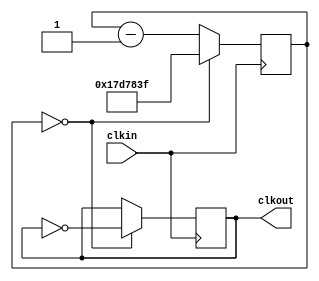
module clock(clkout,clkin);
reg [24:0] counter;
output reg clkout;
input clkin;
initial begin
    counter = 0;
    clkout = 0;
end
always @(posedge clkin) begin
    if (counter == 0) begin
        counter <= 24999999;
        clkout <= ~clkout;
    end else begin
        counter <= counter -1;
    end
end
endmodule